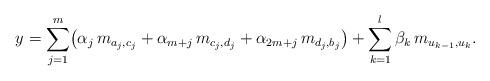
LaTeX: \begin{align*}y=\sum_{j=1}^{m} \bigl(\alpha_j\, m_{a_j,c_j}+\alpha_{m+j}\, m_{c_j,d_j}+ \alpha_{2m+j}\, m_{d_j,b_j}\bigr)+\sum_{k=1}^l \beta_k\, m_{u_{k-1}, u_k}.\end{align*}